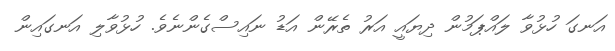
އަނގަ ހުޅުވާ ލައްޕަމުން ދިޔައީ އަރު ތެރޭން އަޑު ނައިސްގެންނެވެ. ހުޅުވާލި އަނގައިން